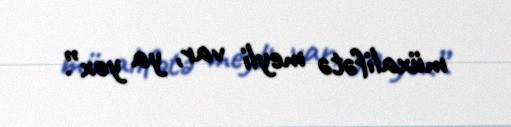
müxalifətə meyli var, ya yox”.